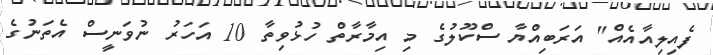
ފެއިލިއާއެއް" އަރަބިއްޔާ ސްކޫލުގެ މި އިމާރާތް ހުޅުވިތާ 10 އަހަރު ނުވަނީސް އެތަނުގެ